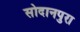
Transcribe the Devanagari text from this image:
सोदानपुरा